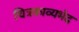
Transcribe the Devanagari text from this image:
चित्रकाव्यभेद